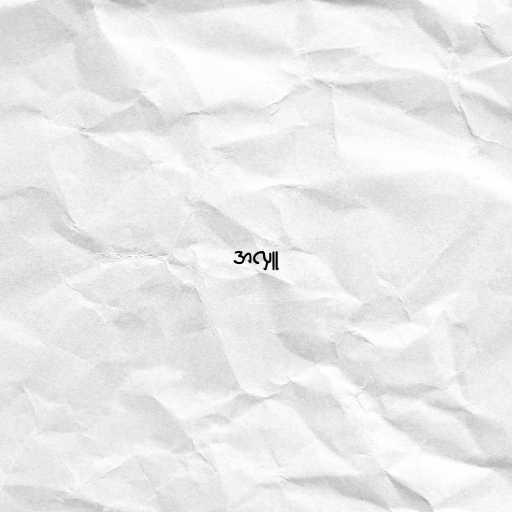
အလှူ